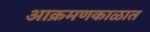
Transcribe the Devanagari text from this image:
आक्रमणकाळात